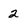
Character: 2